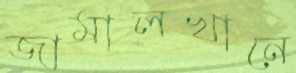
জামালখানে